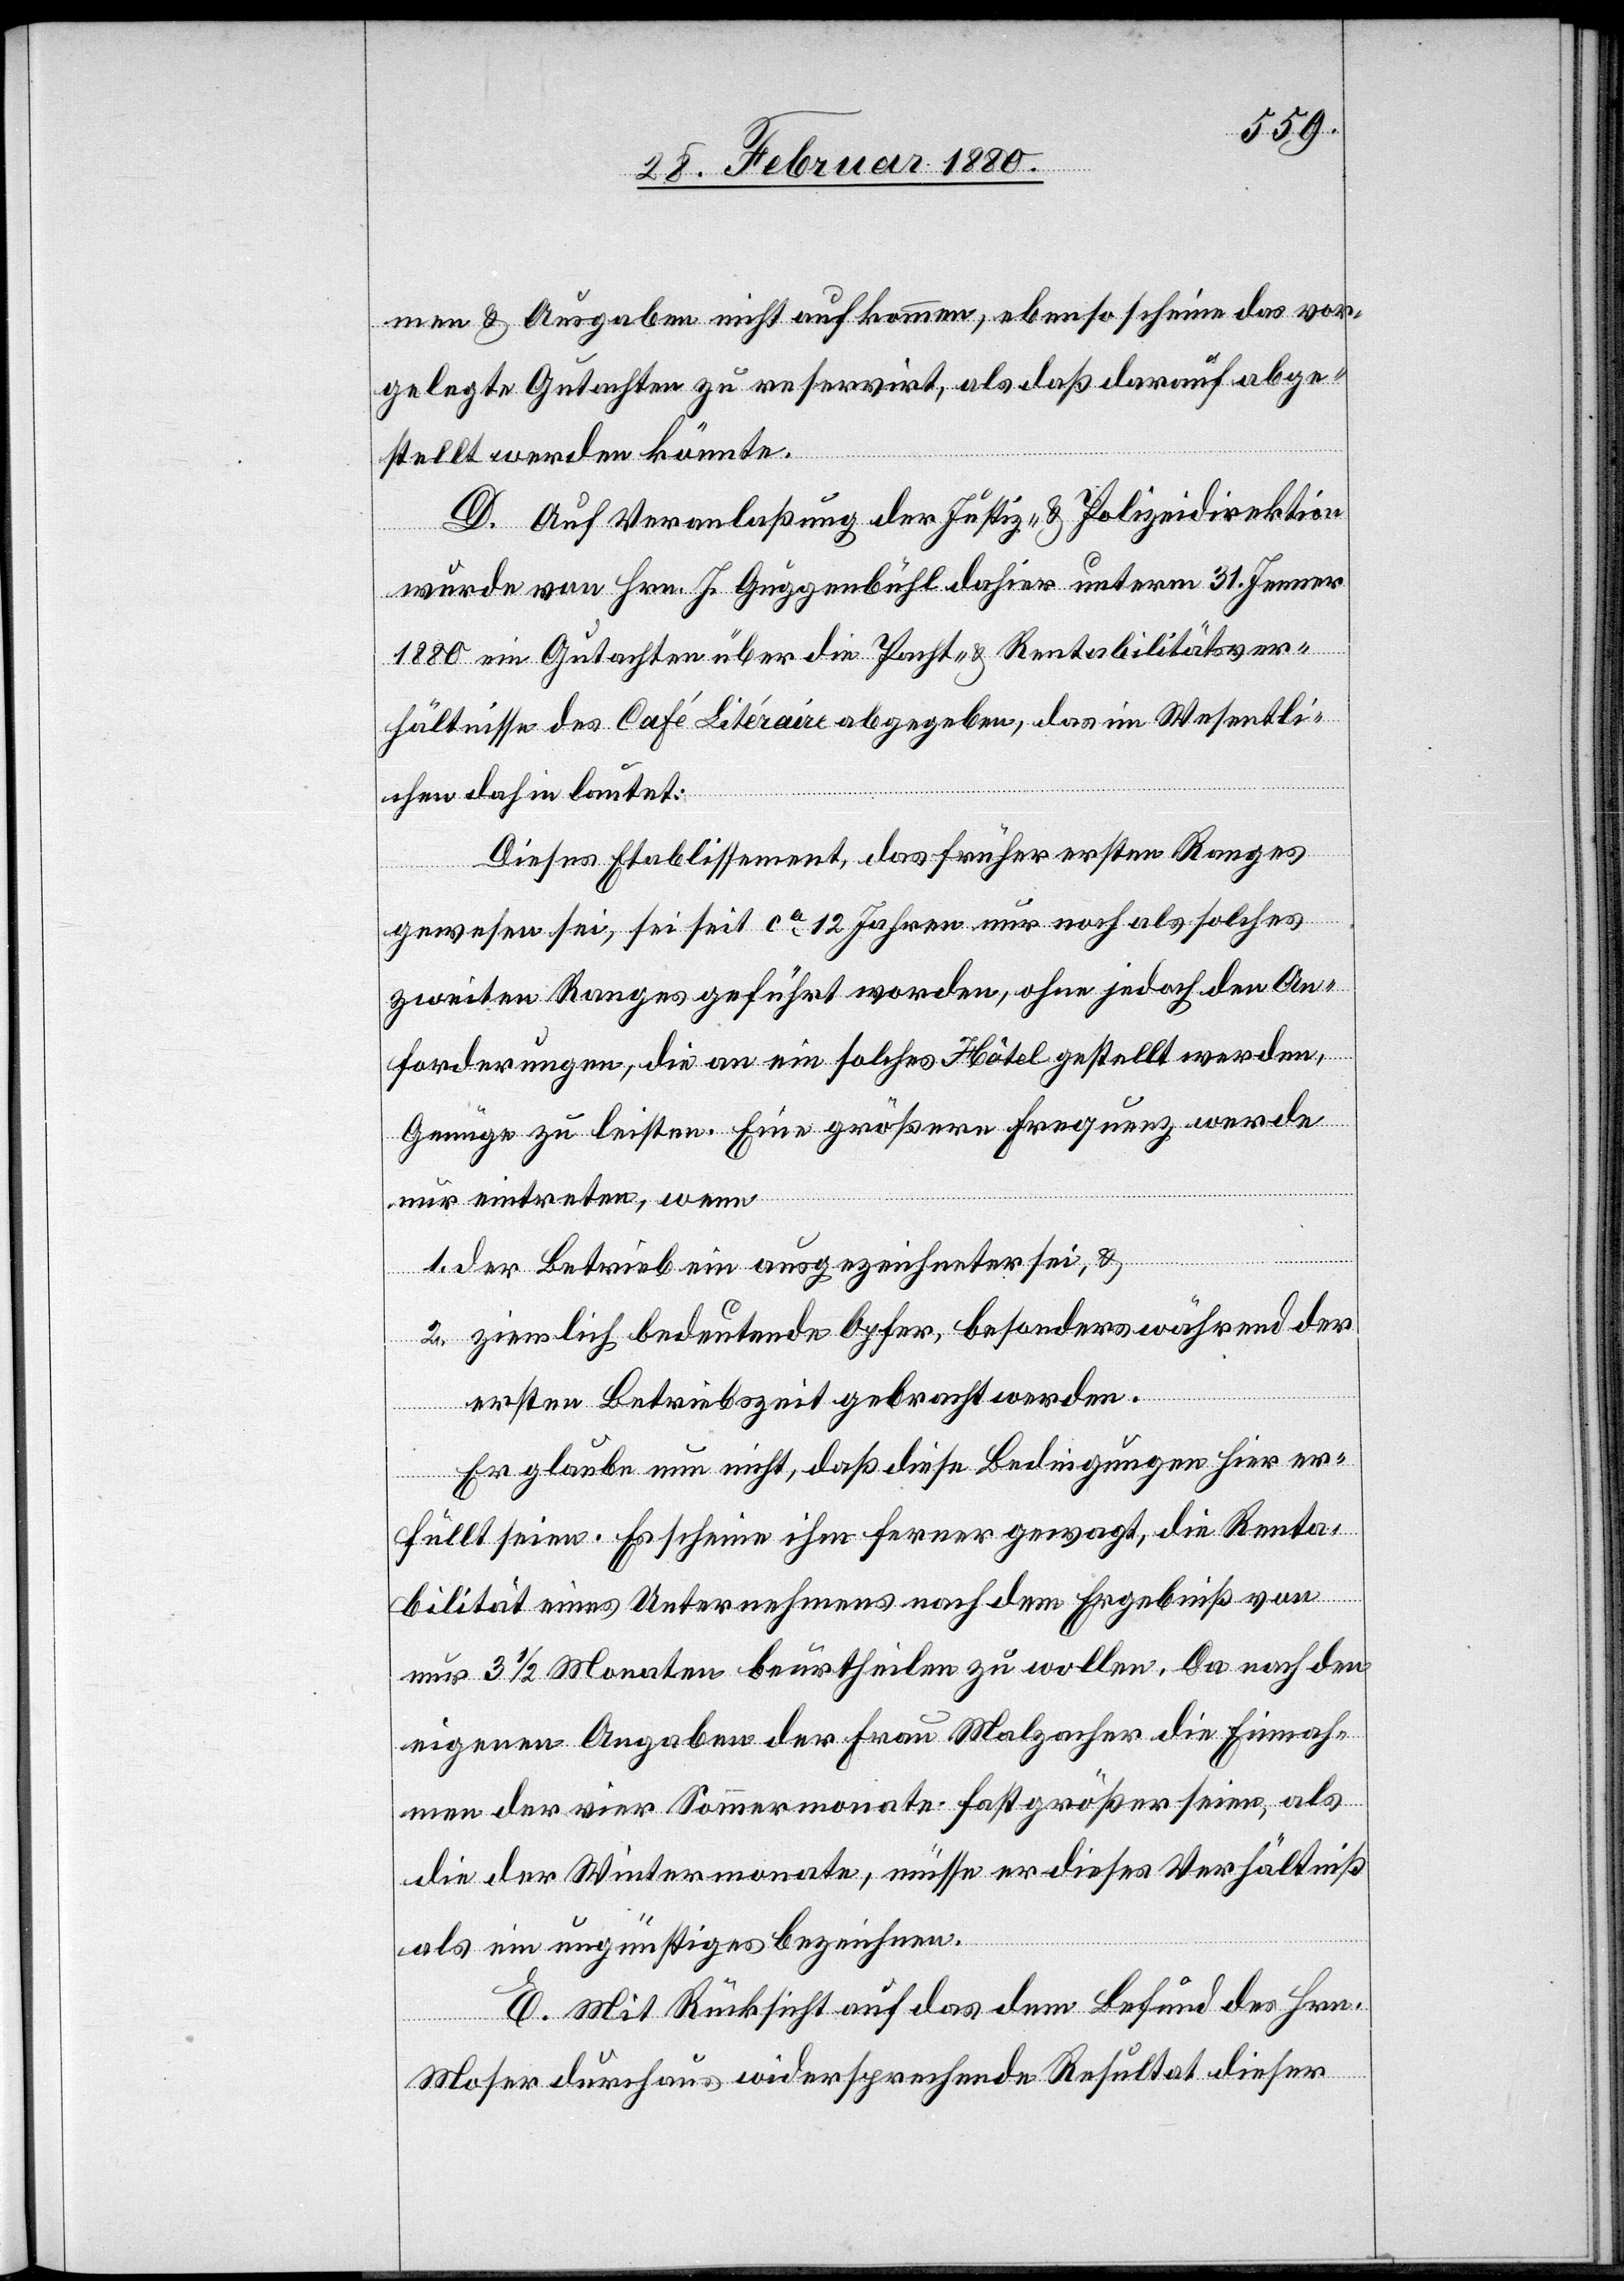
men & Ausgaben nicht aufkommen, ebenso scheine das vor¬
gelegte Gutachten zu reservirt, als daß darauf abge¬
stellt werden könnte.
D. Auf Veranlaßung der Justiz- & Polizeidirektion
wurde von Hrn. J. Guggenbühl dahier unterm 31. Jenner
1880 ein Gutachten über die Pacht- & Rentabilitätsver¬
hältnisse des Café Litéraire abgegeben, das im Wesentli¬
chen dahin lautet:
Dieses Etablissement, das früher ersten Ranges
gewesen sei, sei seit ca 12 Jahren nur noch als solches
zweiten Ranges geführt worden, ohne jedoch den An¬
forderungen, die an ein solche Hôtel gestellt werden,
Genüge zu leisten. Eine größere Frequenz werde
nur eintreten, wenn
1. der Betrieb ein ausgezeichneter sei, &
2. ziemlich bedeutende Opfer, besonders während der
ersten Betriebszeit gebracht werden.
Er glaube nun nicht, daß diese Bedingungen hier er¬
füllt seien. Es scheine ihm ferner gewagt, die Renta¬
bilität eines Unternehmens nach dem Ergebniß von
nur 3 1/2 Monaten beurtheilen zu wollen. Da nach den
eigenen Angaben der Frau Malzacher die Einnah¬
men der vier Sommermonate fast größer seien, als
die der Wintermonat, müsse er dieses Verhältniß
als ein ungünstiges bezeichnen.
E. Mit Rücksicht auf das dem Befund des Hrn.
Moser durchaus widersprechende Resultat dieser